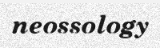
neossology